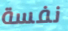
نفسة